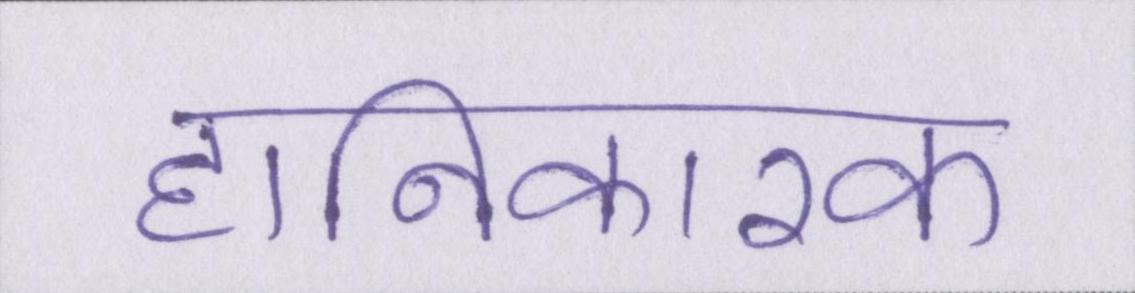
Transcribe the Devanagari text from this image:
हानिकारक